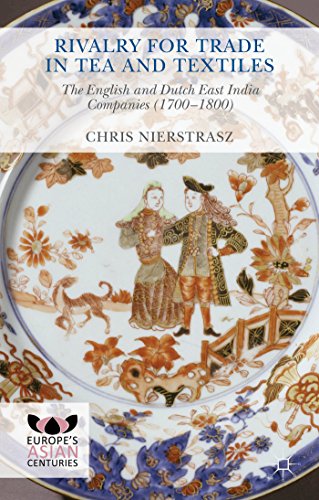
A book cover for Rivalry for Trade in Tea and Textiles: The English and Dutch East India companies (1700-1800) (European Asian Centuries); Chris Nierstrasz; History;